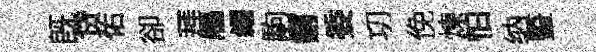
旣贷佑卻拜鴈糴駒鏘委㓛俛煉怕纳䜿